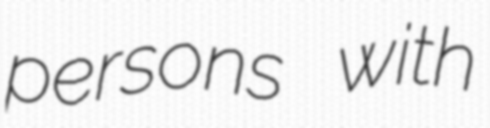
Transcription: persons with